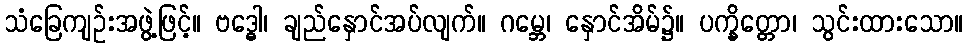
သံခြေကျဉ်းအဖွဲ့ဖြင့်။ ဗဒ္ဓေါ၊ ချည်နှောင်အပ်လျက်။ ဂမ္ဘေ၊ နှောင်အိမ်၌။ ပက္ခိတ္တော၊ သွင်းထားသော။